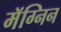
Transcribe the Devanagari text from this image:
मॅग्निन